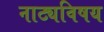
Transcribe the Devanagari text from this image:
नाट्यविषय